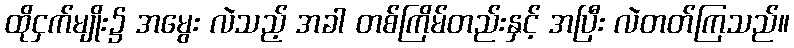
ထိုငှက်မျိုး၌ အမွေး လဲသည့် အခါ တစ်ကြိမ်တည်းနှင့် အပြီး လဲတတ်ကြသည်။